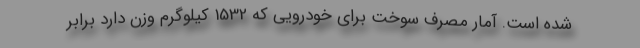
شده است. آمار مصرف سوخت برای خودرویی که 1532 کیلوگرم وزن دارد برابر